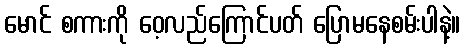
မောင် စကားကို ဝေ့လည်ကြောင်ပတ် ပြောမနေစမ်းပါနဲ့။